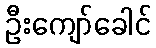
ဦးကျော်ခေါင်